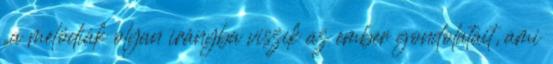
„a melódiák olyan irányba viszik az ember gondolatait, ami